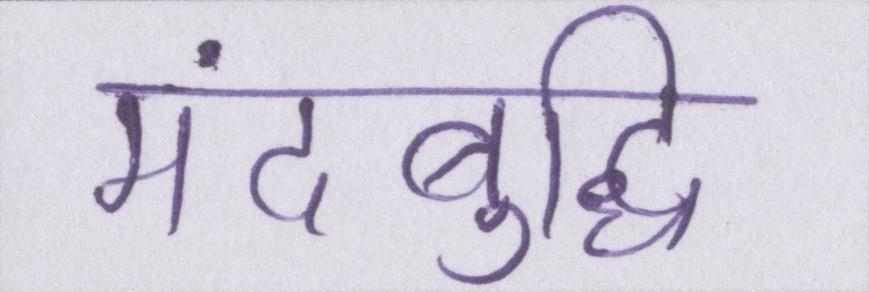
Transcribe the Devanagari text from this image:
मंदबुद्धि